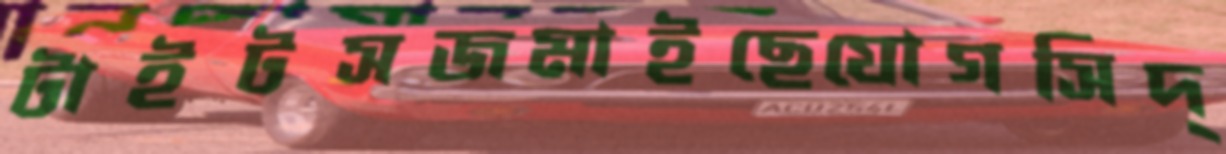
টাইটসজমাইছেযোগসিদ্